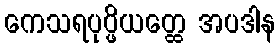
ကေသရပုပ္ဖိယတ္ထေ အပဒါန